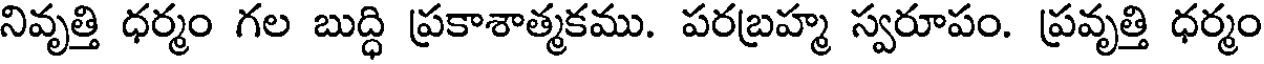
నివృత్తి ధర్మం గల బుద్ధి ప్రకాశాత్మకము. పరబ్రహ్మ స్వరూపం. ప్రవృత్తి ధర్మం